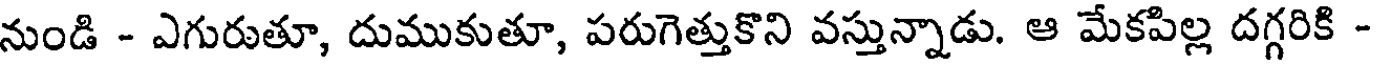
నుండి - ఎగురుతూ, దుముకుతూ, పరుగెత్తుకొని వస్తున్నాడు. ఆ మేకపిల్ల దగ్గరికి -